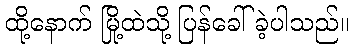
ထို့နောက် မြို့ထဲသို့ ပြန်ခေါ်ခဲ့ပါသည်။